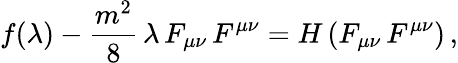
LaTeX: f(\lambda)-\frac{m^{2}}{8}\, \lambda\, F_{\mu\nu}\, F^{\mu\nu}=H\left(F_{\mu\nu}\, F^{\mu\nu}\right)\, ,